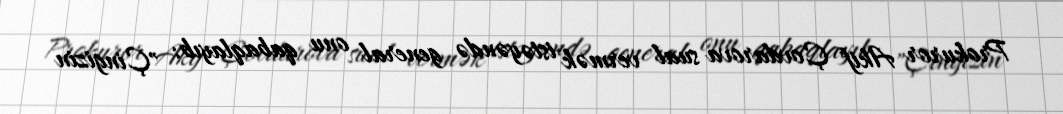
Prokuror Akif Çovdarova sual vermək istəyəndə general onu qabaqlayıb: "Çingizin